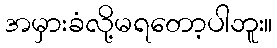
အမှားခံလို့မရတော့ပါဘူး။